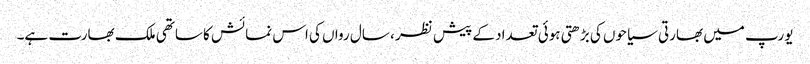
یورپ میں بھارتی سیاحوں کی بڑھتی ہوئی تعداد کے پیش نظر ، سال رواں کی اس نمائش کا ساتھی ملک بھارت ہے۔